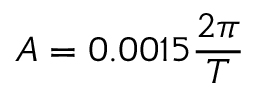
A = 0 . 0 0 1 5 \frac { 2 \pi } { T }